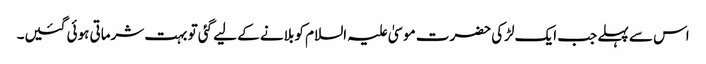
اس سے پہلے جب ایک لڑکی حضرت موسیٰ علیہ السلام کو بلانے کے لیے گئی تو بہت شرماتی ہوئی گئیں۔